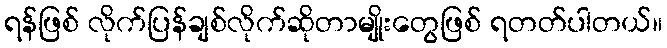
ရန်ဖြစ် လိုက်ပြန်ချစ်လိုက်ဆိုတာမျိုးတွေဖြစ် ရတတ်ပါတယ်။